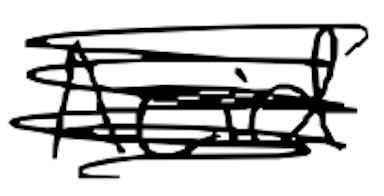
Text: Acid
Cross-out: scratch
Writing tool: digital_black